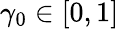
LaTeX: \gamma_{0}\in[0,1]